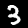
Label: 3